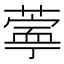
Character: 𬞊